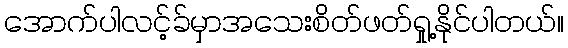
အောက်ပါလင့်ခ်မှာအသေးစိတ်ဖတ်ရှု့နိုင်ပါတယ်။